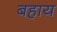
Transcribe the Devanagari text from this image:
बहाय